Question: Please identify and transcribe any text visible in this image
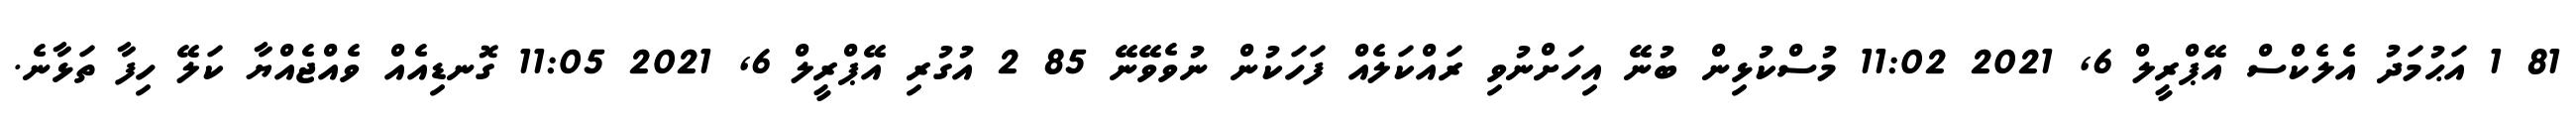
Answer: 81 1 އަޙުމަދު އެލެކްސް އޭޕްރީލް 6, 2021 11:02 މުސްކުޅިން ބުނޭ އިހަށްނުވި ރައްކަލެއް ފަހަކުން ނުވެވޭނޭ 85 2 އުގުރި އޭޕްރީލް 6, 2021 11:05 ގޮނޑިއެއް ވެއްޖެއްޔާ ކަލޭ ހިފާ ތަޅާނެ.